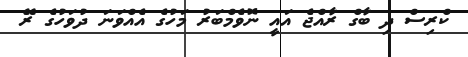
ކްރިސް ދި ބާގް ރާއްޖެ އައީ ނޮވެމްބަރު މަހުގެ އެއްވަނަ ދުވަހުގެ ރޭ